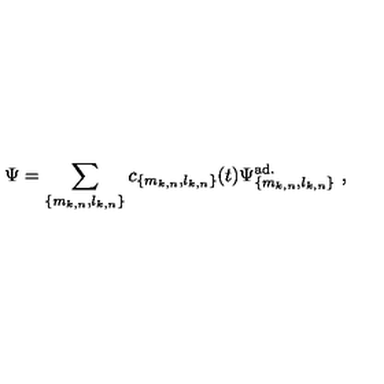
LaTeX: \Psi = \sum _ { \{ m _ { k , n } , l _ { k , n } \} } c _ { \{ m _ { k , n } , l _ { k , n } \} } ( t ) \Psi _ { \{ m _ { k , n } , l _ { k , n } \} } ^ { \mathrm { a d . } } \ ,